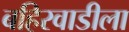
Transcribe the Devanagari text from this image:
बहिरवाडीला